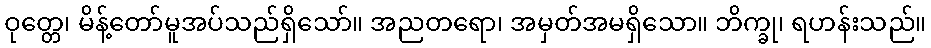
ဝုတ္တေ၊ မိန့်တော်မူအပ်သည်ရှိသော်။ အညတရော၊ အမှတ်အမရှိသော။ ဘိက္ခု၊ ရဟန်းသည်။